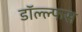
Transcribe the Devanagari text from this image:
डॉल्ल्फस